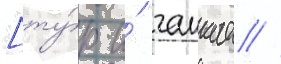
[ту́р. и́ чанкае //